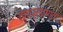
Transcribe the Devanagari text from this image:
तापप्रवणता